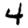
Digit: 4